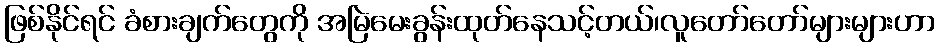
ဖြစ်နိုင်ရင် ခံစားချက်တွေကို အမြဲမေးခွန်းထုတ်နေသင့်တယ်၊လူတော်တော်များများဟာ